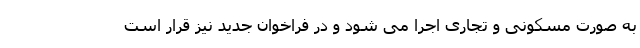
به صورت مسکونی و تجاری اجرا می شود و در فراخوان جدید نیز قرار است